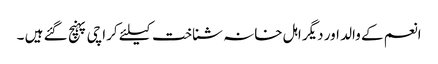
انعم کے والد اور دیگر اہل خانہ شناخت کیلئے کراچی پہنچ گئے ہیں ۔